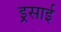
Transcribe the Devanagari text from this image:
इ्र्रसाई